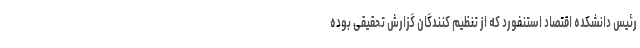
رئیس دانشکده اقتصاد استنفورد که از تنظیم کنندگان گزارش تحقیقی بوده